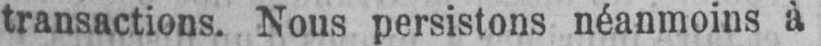
transactions. Nous persistons néanmoins à